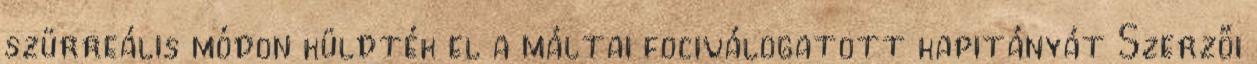
szürreális módon küldték el a máltai fociválogatott kapitányát Szerzői